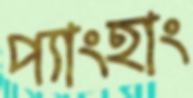
প্যাংহাং